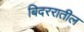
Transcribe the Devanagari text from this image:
बिदररातील